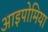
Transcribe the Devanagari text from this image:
आइपोमिया